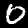
Label: 0